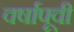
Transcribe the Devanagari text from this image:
वर्षापूवी